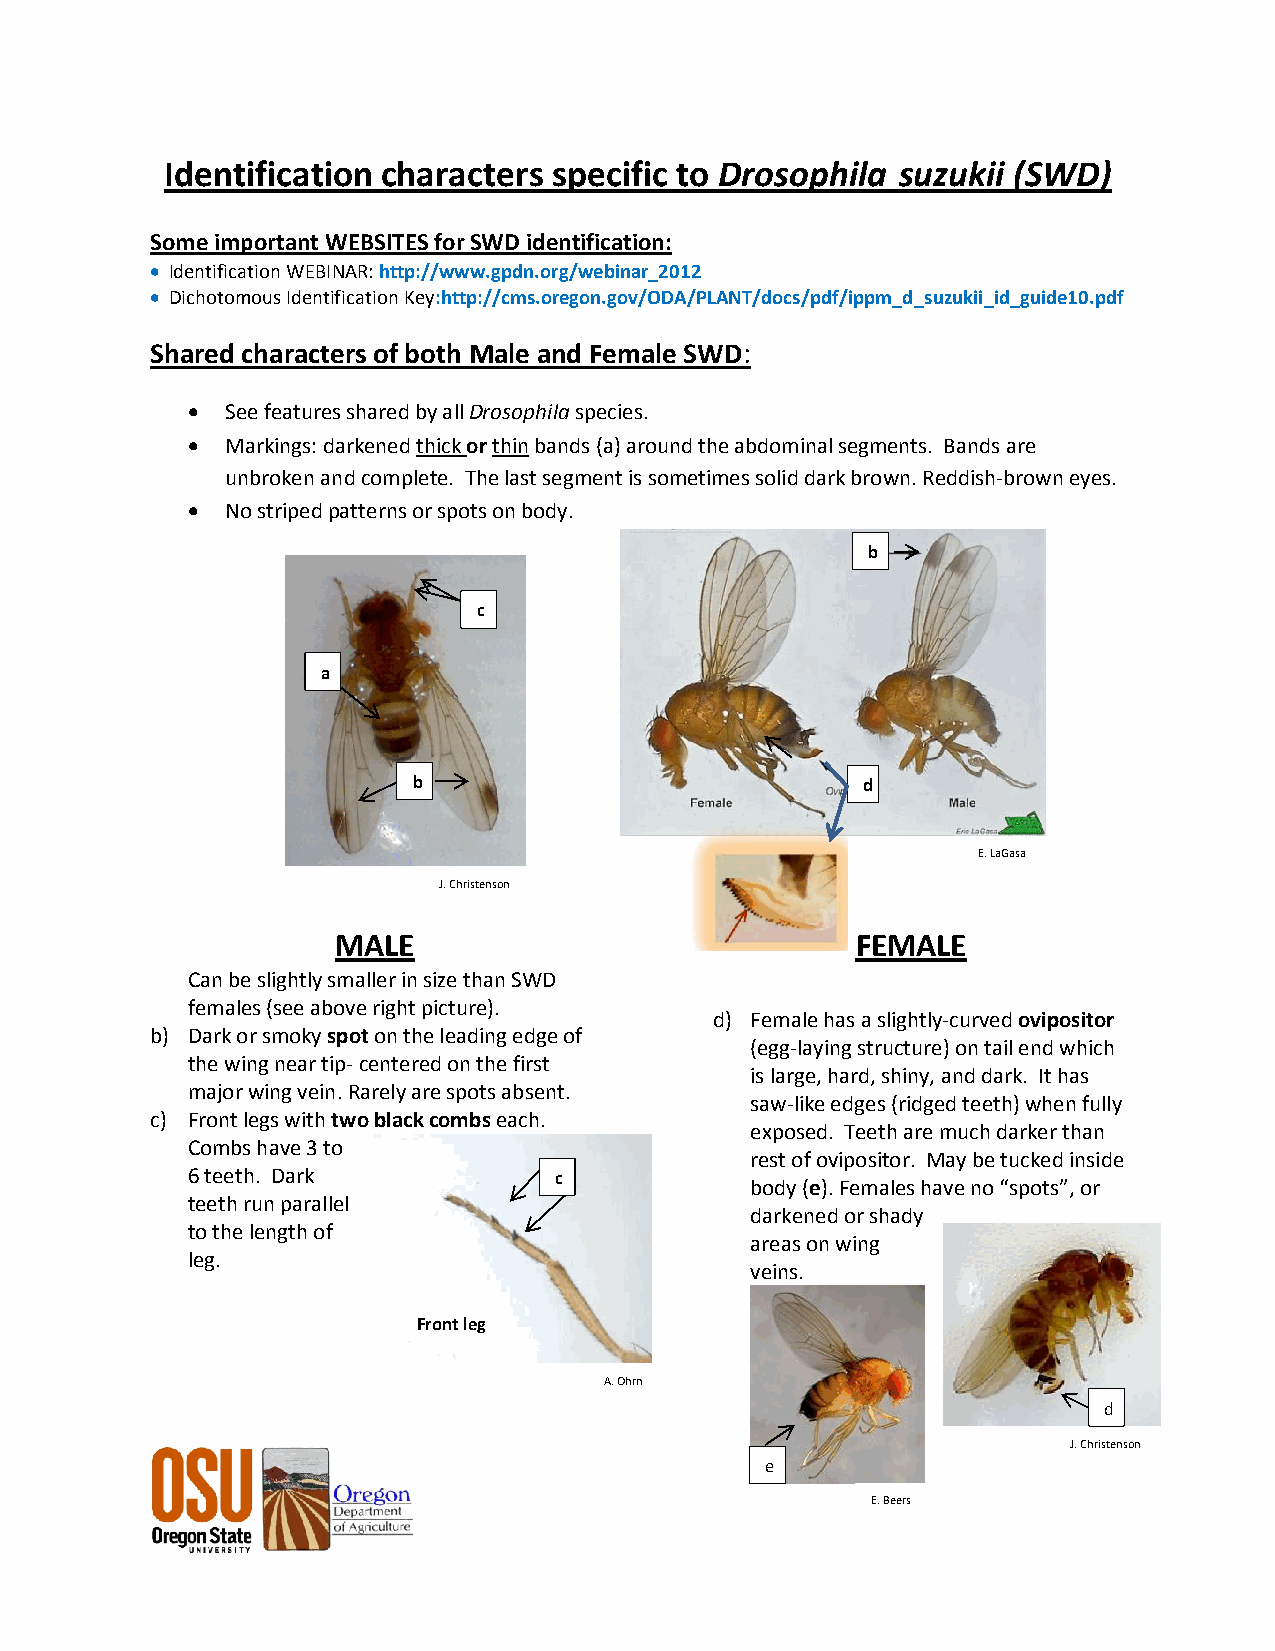
Identification characters specific to Drosophila suzukii (SWD)
 Some important WEBSITES for SWD identification:
  Identification WEBINAR: http://www.gpdn.org/webinar_2012
  Dichotomous Identification Key:http://cms.oregon.gov/ODA/PLANT/docs/pdf/ippm_d_suzukii_id_guide10.pdf
 Shared characters of both Male and Female SWD:
   See features shared by all Drosophila species.
   Markings: darkened thick or thin bands (a) around the abdominal segments. Bands are
 unbroken and complete. The last segment is sometimes solid dark brown. Reddish-brown eyes.
   No striped patterns or spots on body.
 b
 c
 a
 b                             d
 E. LaGasa
 J. Christenson
 MALE                               FEMALE
 a) Can be slightly smaller in size than SWD                                       E. Beers
 females (see above right picture).
 d) Female has a slightly-curved ovipositor
 b) Dark or smoky spot on the leading edge of
 (egg-laying structure) on tail end which
 the wing near tip- centered on the first
 is large, hard, shiny, and dark. It has
 major wing vein. Rarely are spots absent.
 saw-like edges (ridged teeth) when fully
 c) Front legs with two black combs each.
 exposed. Teeth are much darker than
 Combs have 3 to
 rest of ovipositor. May be tucked inside
 6 teeth. Dark            c
 body (e). Females have no “spots”, or
 teeth run parallel
 darkened or shady
 to the length of
 areas on wing
 leg.
 veins.
 Front leg
 A. Ohrn
 d
 J. Christenson
 e
 E. Beers